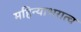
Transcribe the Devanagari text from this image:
महिन्याभरात्च